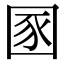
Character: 圂